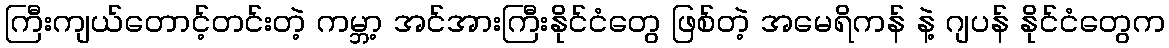
ကြီးကျယ်တောင့်တင်းတဲ့ ကမ္ဘာ့ အင်အားကြီးနိုင်ငံတွေ ဖြစ်တဲ့ အမေရိကန် နဲ့ ဂျပန် နိုင်ငံတွေက